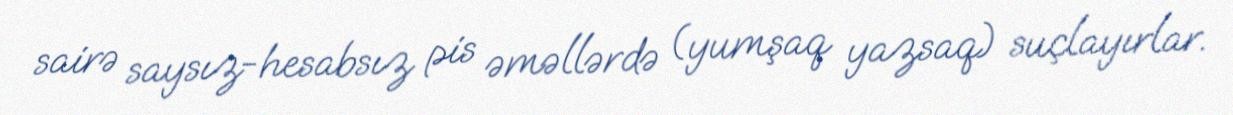
sairə saysız-hesabsız pis əməllərdə (yumşaq yazsaq) suçlayırlar.